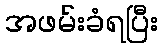
အဖမ်းခံရပြီး